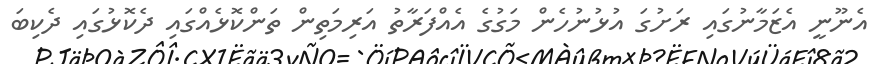
އެނޫނީ އެޒަމާނުގައި ރަށުގަ އުޅުނުހެން މަގުގެ އެއްފަރާތު އަރިމަތިން ތަންކޮޅެއްގައި ދެކޮޅުގައި ދެކިބަ